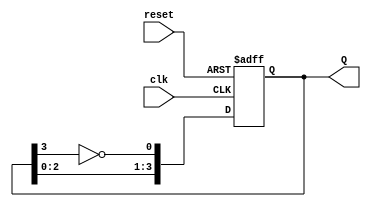
module JohnsonCounter (
    input wire clk,          // Clock signal
    input wire reset,        // Reset signal
    output reg [3:0] Q       // 4-bit output representing the current state
);

// Sequential logic for the Johnson counter
always @(posedge clk or posedge reset) begin
    if (reset) begin
        Q <= 4'b0000;       // Reset state to 0000
    end else begin
        Q[0] <= ~Q[3];      // FF0 takes inverted value of FF3
        Q[1] <= Q[0];       // FF1 takes the current value of FF0
        Q[2] <= Q[1];       // FF2 takes the current value of FF1
        Q[3] <= Q[2];       // FF3 takes the current value of FF2
    end
end

endmodule